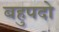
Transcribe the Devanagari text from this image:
बहुपदो